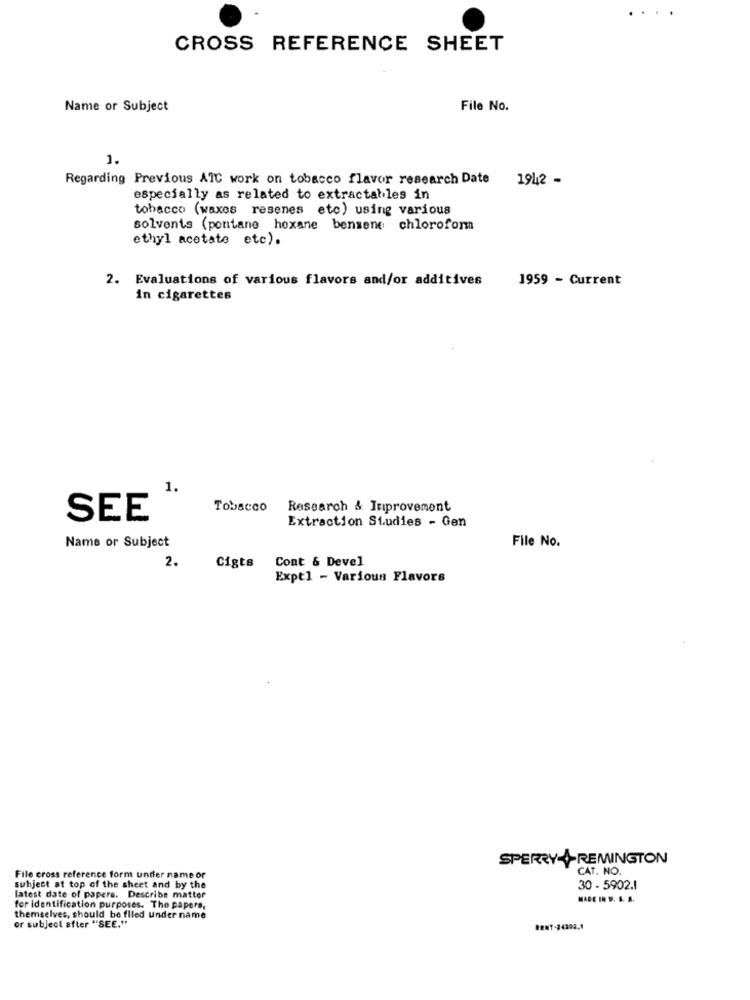
CROSS REFERENCE SHEET
Name or Subject
File No.
1.
Regarding Previous AIC work on tobacco flavor research Date
1942 -
especially as related to extractables in
tobacco (waxes resenes etc) using various
solvents (pentane hexane bensene chloroform
ethyl acetate etc).
2. Evaluations of various flavors and/or additives
1959 - Current
in cigarettes
1.
Tobacco
Research & Itiprovement
SEE
Extraction Studies - Gen
File No.
Name or Subject
2.
Cont & Devel
Cigts
Expt1 - Various Flavors
SPERRRY +REMINGTON
CAT. NO.
File cross reference form under name or
subject at top of the sheet and by the
30 - 5902.1
latest date of papers. Describe matter
MADE IN S. S. A.
for identification purposes. The papers,
or subject after "SEE."
themselves, should be filed under name
BENT-24398,1